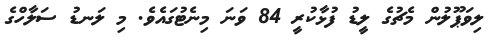
ލިވަޕޫލުން މެޗުގެ ލީޑު ފުޅާކުރީ 84 ވަނަ މިނެޓުގައެވެ. މި ލަނޑު ސަލާހްގެ